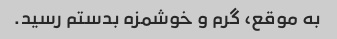
به موقع، گرم و خوشمزه بدستم رسید.